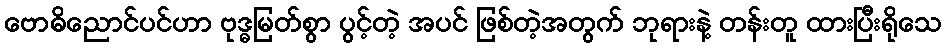
ဗောဓိညောင်ပင်ဟာ ဗုဒ္ဓမြတ်စွာ ပွင့်တဲ့ အပင် ဖြစ်တဲ့အတွက် ဘုရားနဲ့ တန်းတူ ထားပြီးရိုသေ